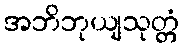
အဘိဘုယျသုတ္တံ